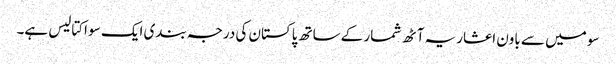
سو میں سے باون اعشاریہ آٹھ شمار کےساتھ پاکستان کی درجہ بندی ایک سو اکتالیس ہے۔